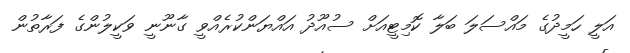
އަލީ ހަމީދުގެ މައްސަލަ ބަލާ ކޮމިޓީއަށް ސުއޫދު އައްޔަންކުރެއްވީ ގާނޫނީ ވަކީލުންގެ ފަރާތުން